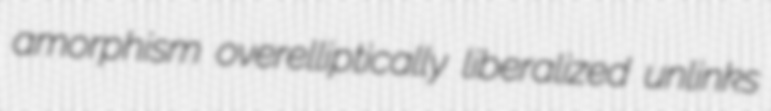
amorphism overelliptically liberalized unlinks